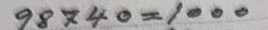
98740 = 1000